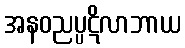
အနဝညပ္ပဋိလာဘာယ